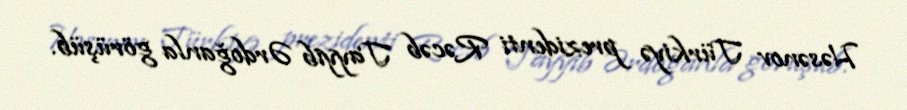
Həsənov Türkiyə prezidenti Rəcəb Tayyib Ərdoğanla görüşüb.